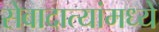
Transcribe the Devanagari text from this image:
सेवादात्यांमध्ये